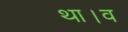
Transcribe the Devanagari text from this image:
था।व